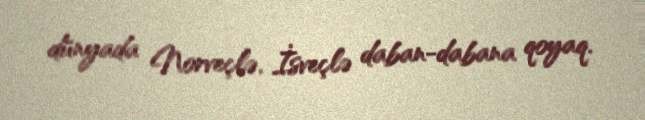
dünyada Norveçlə, İsveçlə daban-dabana qoyaq.